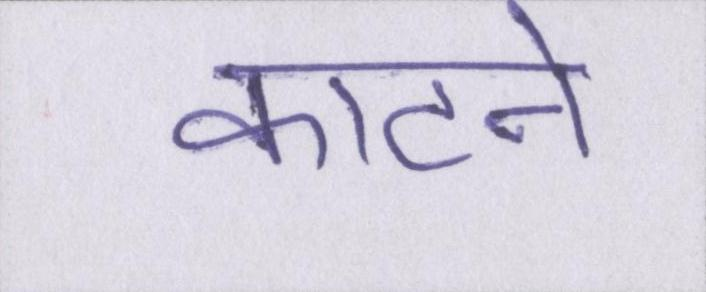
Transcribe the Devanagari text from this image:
काटने